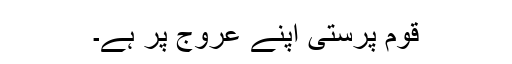
قوم پرستی اپنے عروج پر ہے۔